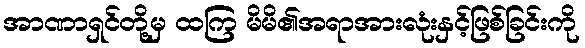
အာဏာရှင်တို့မှ ထကြ မိမိ၏အရာအားလုံးနှင့်ဖြစ်ခြင်းကို